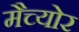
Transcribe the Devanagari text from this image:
मैच्योर